Report on the cholera epidemic of
Year: 1868
Disease focus: Cholera
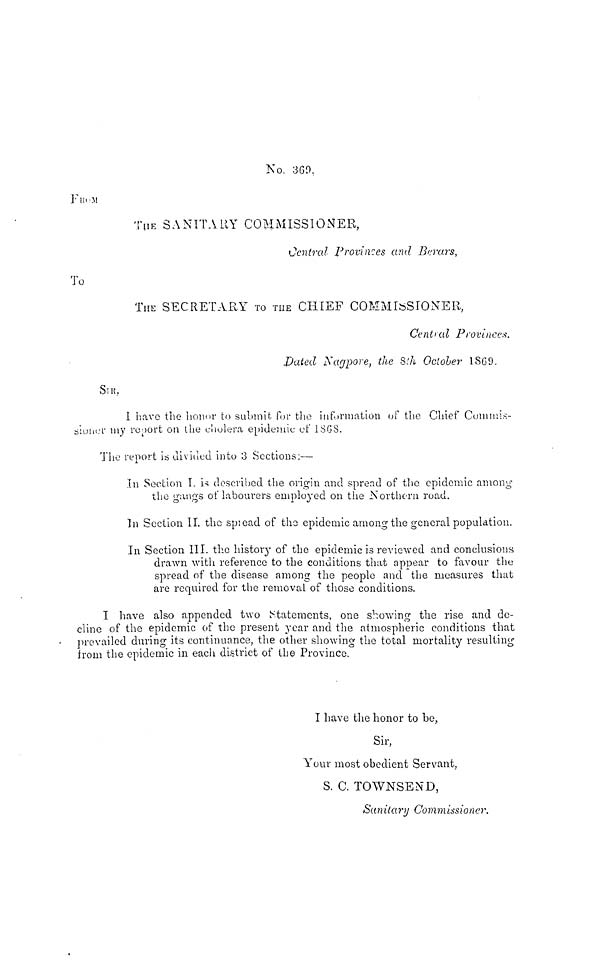
No. 369.
FROM
ThE SANITARY COMMISSIONER,
Central Provinces and Berars,
To
THE SECRETARY TO THE CHIEF COMMISSIONER,
Cenrtal Provinces.
Dated Nagpore, the 8th October 1869.
SIR,
I have the honor to submit for the in formation of the Chief Commis-
sioner my report on the cholera epidemic of 1868.
The report is divided into 3 Sections:—
In Section I. is described the origin and spread of the epidemic among
the gangs of labourers employed on the Northern, road.
In Section II. the spread of the epidemic among the general population.
In Section III. the history of the epidemic is reviewed and conclusions
drawn with reference to the conditions that appear to favour the
spread of the disease among the people and the measures that
are required for the removal of those conditions.
I have also appended two Statements, one showing the rise and de-
cline of the epidemic of the present year and the atmospheric conditions that
prevailed during its continuance, the other showing the total mortality resulting
from the epidemic in each district of the Province.